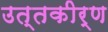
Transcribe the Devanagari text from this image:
उत्तकीर्ण